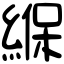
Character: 緥